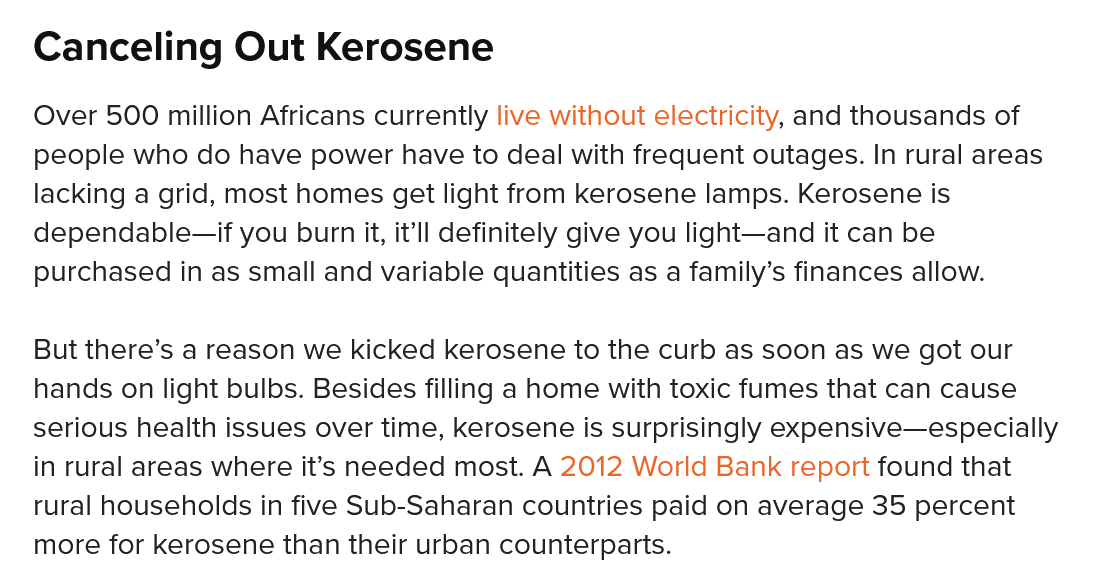
Canceling    Out  Kerosene
   Over 500 million Africans currently live without electricity, and thousands of
   people who do have power have to deal with frequent outages. In rural areas
   lacking a grid, most homes get light from kerosene lamps. Kerosene is
   dependable—if you burn it, it’ll definitely give you light—and it can be
   purchased in as small and variable quantities as a family’s finances allow.
   But there’s a reason we kicked kerosene to the curb as soon as we got our
   hands on light bulbs. Besides filling a home with toxic fumes that can cause
   serious health issues over time, kerosene is surprisingly expensive—especially
   in rural areas where it’s needed most. A 2012 World Bank report found that
   rural households in five Sub-Saharan countries paid on average 35 percent
   more for kerosene than their urban counterparts.